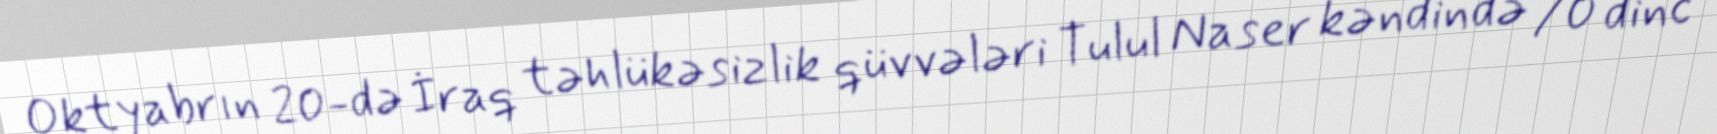
Oktyabrın 20-də İraq təhlükəsizlik qüvvələri Tulul Naser kəndində 70 dinc